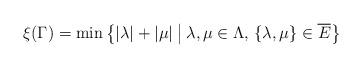
LaTeX: \begin{align*}\xi(\Gamma) = \min \left\{ |\lambda| + |\mu| \: \middle| \: \lambda, \mu \in \Lambda,\, \{\lambda , \mu\} \in \overline{E} \right\}\end{align*}